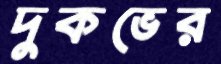
দুকভের